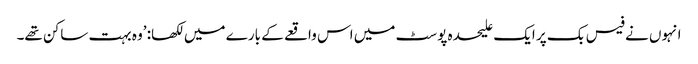
انہوں نے فیس بک پر ایک علیحدہ پوسٹ میں اس واقعے کے بارے میں لکھا: ’وہ بہت ساکن تھے۔